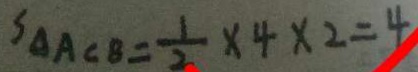
S _ { \Delta A C B } = \frac { 1 } { 2 } \times 4 \times 2 = 4